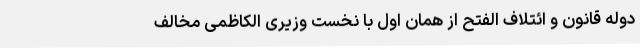
دوله قانون و ائتلاف الفتح از همان اول با نخست وزیری الکاظمی مخالف